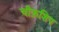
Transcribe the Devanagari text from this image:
चीफ़शिप